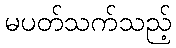
မပတ်သက်သည့်